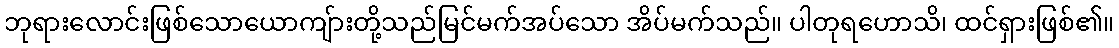
ဘုရားလောင်းဖြစ်သောယောကျ်ားတို့သည်မြင်မက်အပ်သော အိပ်မက်သည်။ ပါတုရဟောသိ၊ ထင်ရှားဖြစ်၏။